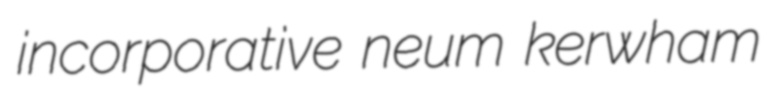
incorporative neum kerwham